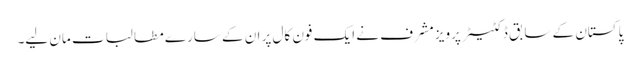
پاکستان کے سابق ڈکٹیٹر پرویز مشرف نے ایک فون کال پر ان کے سارے مطا لبات مان لیے۔